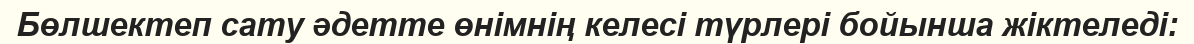
Бөлшектеп сату әдетте өнімнің келесі түрлері бойынша жіктеледі: